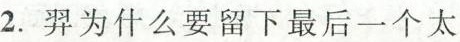
2.羿为什么要留下最后一个太